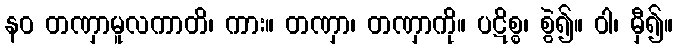
နဝ တဏှာမူလကာတိ၊ ကား။ တဏှာ၊ တဏှာကို။ ပဋိစ္စ၊ စွဲ၍။ ဝါ၊ မှီ၍။